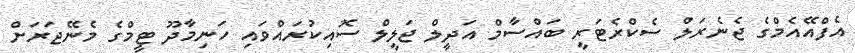
އެފްއޭއެމްގެ ޖެނެރަލް ސެކްރެޓަރީ ބައްސާމް އަދީލް ޖަލީލް ސޮއިކުރައްވައި ހަނިމާދޫ ޓީމްގެ މެނޭޖަރަށް